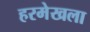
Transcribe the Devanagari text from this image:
हरमेखला